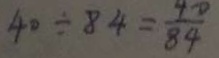
4 0 \div 8 4 = \frac { 4 0 } { 8 4 }